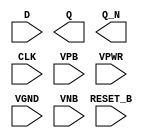
module sky130_fd_sc_lp__dfrbp (
    //# {{data|Data Signals}}
    input  D      ,
    output Q      ,
    output Q_N    ,

    //# {{control|Control Signals}}
    input  RESET_B,

    //# {{clocks|Clocking}}
    input  CLK    ,

    //# {{power|Power}}
    input  VPB    ,
    input  VPWR   ,
    input  VGND   ,
    input  VNB
);
endmodule